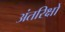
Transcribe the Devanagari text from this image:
अंतरिक्षों